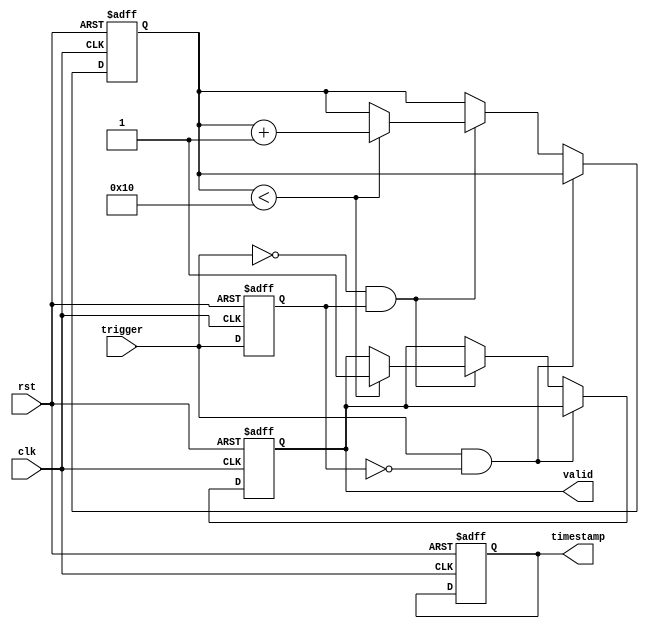
module TDC (
    input wire clk,            // Main clock
    input wire rst,            // Reset signal
    input wire trigger,        // Trigger signal for edge detection
    output reg [15:0] timestamp, // Timestamp for the event
    output reg valid           // Valid signal for output data
);

// Parameters
parameter MEM_DEPTH = 16;   // Depth of the timestamp memory
parameter TIME_RES = 16;     // Time resolution in bits

// Memory block to store timestamps
reg [TIME_RES-1:0] memory [0:MEM_DEPTH-1];
reg [3:0] mem_ptr;          // Memory pointer for write operations
reg [TIME_RES-1:0] counter; // Time counter for interval measurement
reg measuring;              // Flag to indicate measuring state

// Edge detection
reg last_trigger;

always @(posedge clk or negedge rst) begin
    if (!rst) begin
        last_trigger <= 0;
        timestamp <= 0;
        mem_ptr <= 0;
        measuring <= 0;
        valid <= 0;
        counter <= 0;
    end else begin
        // Edge detection
        if (trigger && !last_trigger) begin // Rising edge detected
            measuring <= 1;
            counter <= 0; // Reset the counter on rising edge
        end else if (!trigger && last_trigger) begin // Falling edge detected
            measuring <= 0;
            if (mem_ptr < MEM_DEPTH) begin 
                memory[mem_ptr] <= counter; // Store count into memory
                mem_ptr <= mem_ptr + 1;
                valid <= 1; // Set valid output
            end
        end
        
        last_trigger <= trigger; // Update last trigger status

        // Increment counter if measuring
        if (measuring) begin
            counter <= counter + 1; // Increment time count
        end
    end
end

endmodule